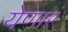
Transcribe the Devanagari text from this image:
येणारं